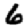
Digit: 6